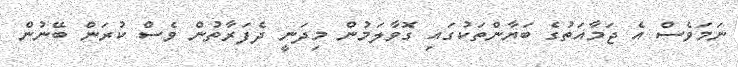
ނަމަވެސް އެ ޖަމާއަތުގެ ބަޔާންތަކުގައި ގޮވާލަމުން މިދަނީ ދެފަރާތުން ވެސް ކުރަން ބޭނުން